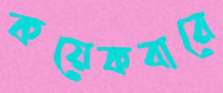
কয়েকবারে